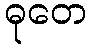
ဓုတေ